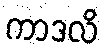
ကာဒလိ